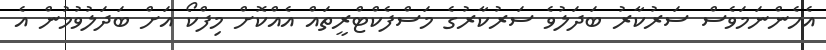
އެހެންނަމަވެސް ސަރުކާރު ބަދަލުވެ ސަރުކާރުގެ މަސްފެކްޓްރީތައް އެއްކޮށް މިފްކޯ އަށް ބަދަލުވުމުން އެ